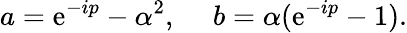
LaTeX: a=\mathrm{e}^{-ip}-\alpha^{2},~~~~~b=\alpha(\mathrm{e}^{-ip}-1).